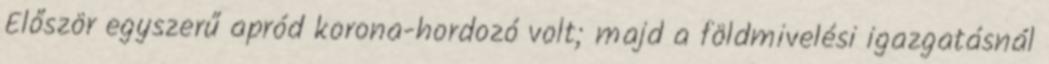
Először egyszerű apród korona-hordozó volt; majd a földmivelési igazgatásnál